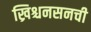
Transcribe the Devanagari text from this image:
ख्रिश्चनसनची